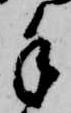
手